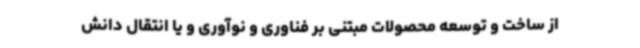
از ساخت و توسعه محصولات مبتنی بر فناوری و نوآوری و یا انتقال دانش